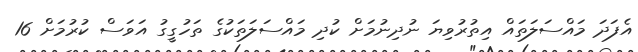
އެފަދަ މައްސަލަތައް އިތުރުވިޔަ ނުދިނުމަށް ކުދި މައްސަލަތަކުގެ ތަހުގީގު އަވަސް ކުރުމަށް 16